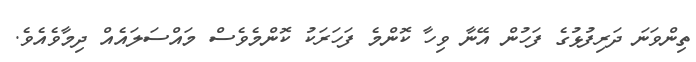
ތިންވަނަ ދަރިފުޅުގެ ފަހުން އޭނާ ވިހާ ކޮންމެ ފަހަރަކު ކޮންމެވެސް މައްސަލައެއް ދިމާވެއެވެ.